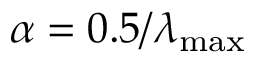
\alpha = 0 . 5 / \lambda _ { \mathrm { m a x } }